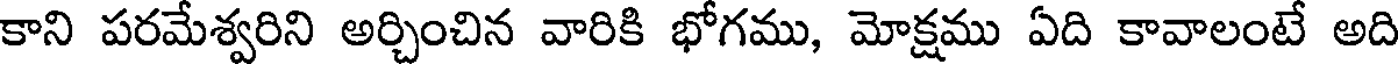
కాని పరమేశ్వరిని అర్చించిన వారికి భోగము, మోక్షము ఏది కావాలంటే అది